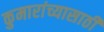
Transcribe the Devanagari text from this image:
कुमारांच्यासाठी